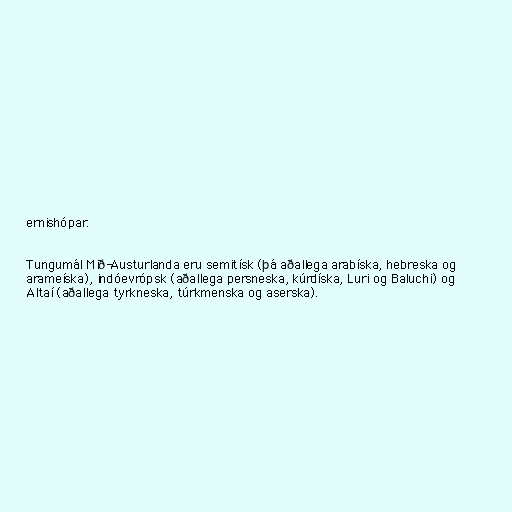
ernishópar.

Tungumál Mið-Austurlanda eru semitísk (þá aðallega arabíska, hebreska og
arameíska), indóevrópsk (aðallega persneska, kúrdíska, Luri og Baluchi) og
Altaí (aðallega tyrkneska, túrkmenska og aserska).